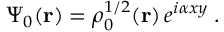
\Psi _ { 0 } ( \mathbf { r } ) = \rho _ { 0 } ^ { 1 / 2 } ( \mathbf { r } ) \, e ^ { i \alpha x y } \; .